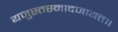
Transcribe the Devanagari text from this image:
यजुस्तस्मादजायत॥